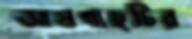
আমগাছটির